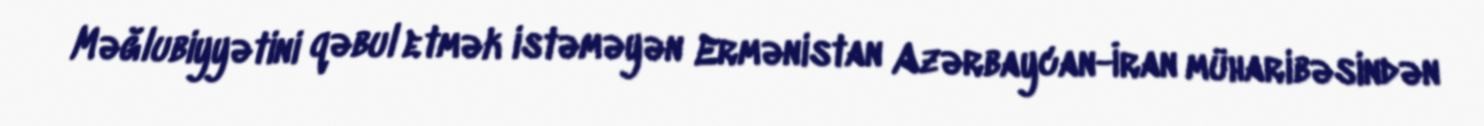
Məğlubiyyətini qəbul etmək istəməyən Ermənistan Azərbaycan-İran müharibəsindən